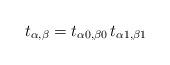
LaTeX: \begin{align*} t_{\alpha,\beta} = t_{\alpha0,\beta0} \, t_{\alpha1,\beta1} \end{align*}